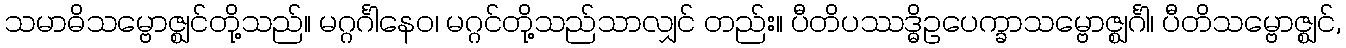
သမာဓိသမ္ဗောဇ္ဈင်တို့သည်။ မဂ္ဂင်္ဂါနေဝ၊ မဂ္ဂင်တို့သည်သာလျှင် တည်း။ ပီတိပဿဒ္ဓိဥပေက္ခာသမ္ဗောဇ္ဈင်္ဂါ၊ ပီတိသမ္ဗောဇ္ဈင်,